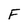
Character: F